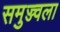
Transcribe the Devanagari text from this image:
समुज्ज्वला